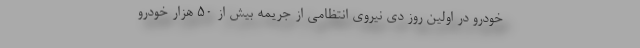
خودرو در اولین روز دی نیروی انتظامی از جریمه بیش از ۵۰ هزار خودرو